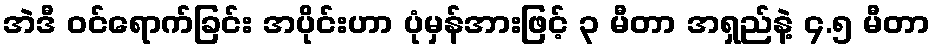
အဲဒီ ဝင်ရောက်ခြင်း အပိုင်းဟာ ပုံမှန်အားဖြင့် ၃ မီတာ အရှည်နဲ့ ၄.၅ မီတာ